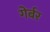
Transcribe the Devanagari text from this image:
गेर्बर